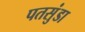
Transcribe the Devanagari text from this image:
पतसुंडा